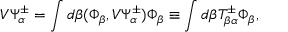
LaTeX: V \Psi _ { \alpha } ^ { \pm } = \int d \beta ( \Phi _ { \beta } , V \Psi _ { \alpha } ^ { \pm } ) \Phi _ { \beta } \equiv \int d \beta T _ { \beta \alpha } ^ { \pm } \Phi _ { \beta } ,